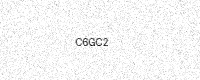
Text: C6GC2